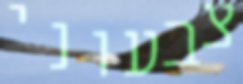
צבעוני